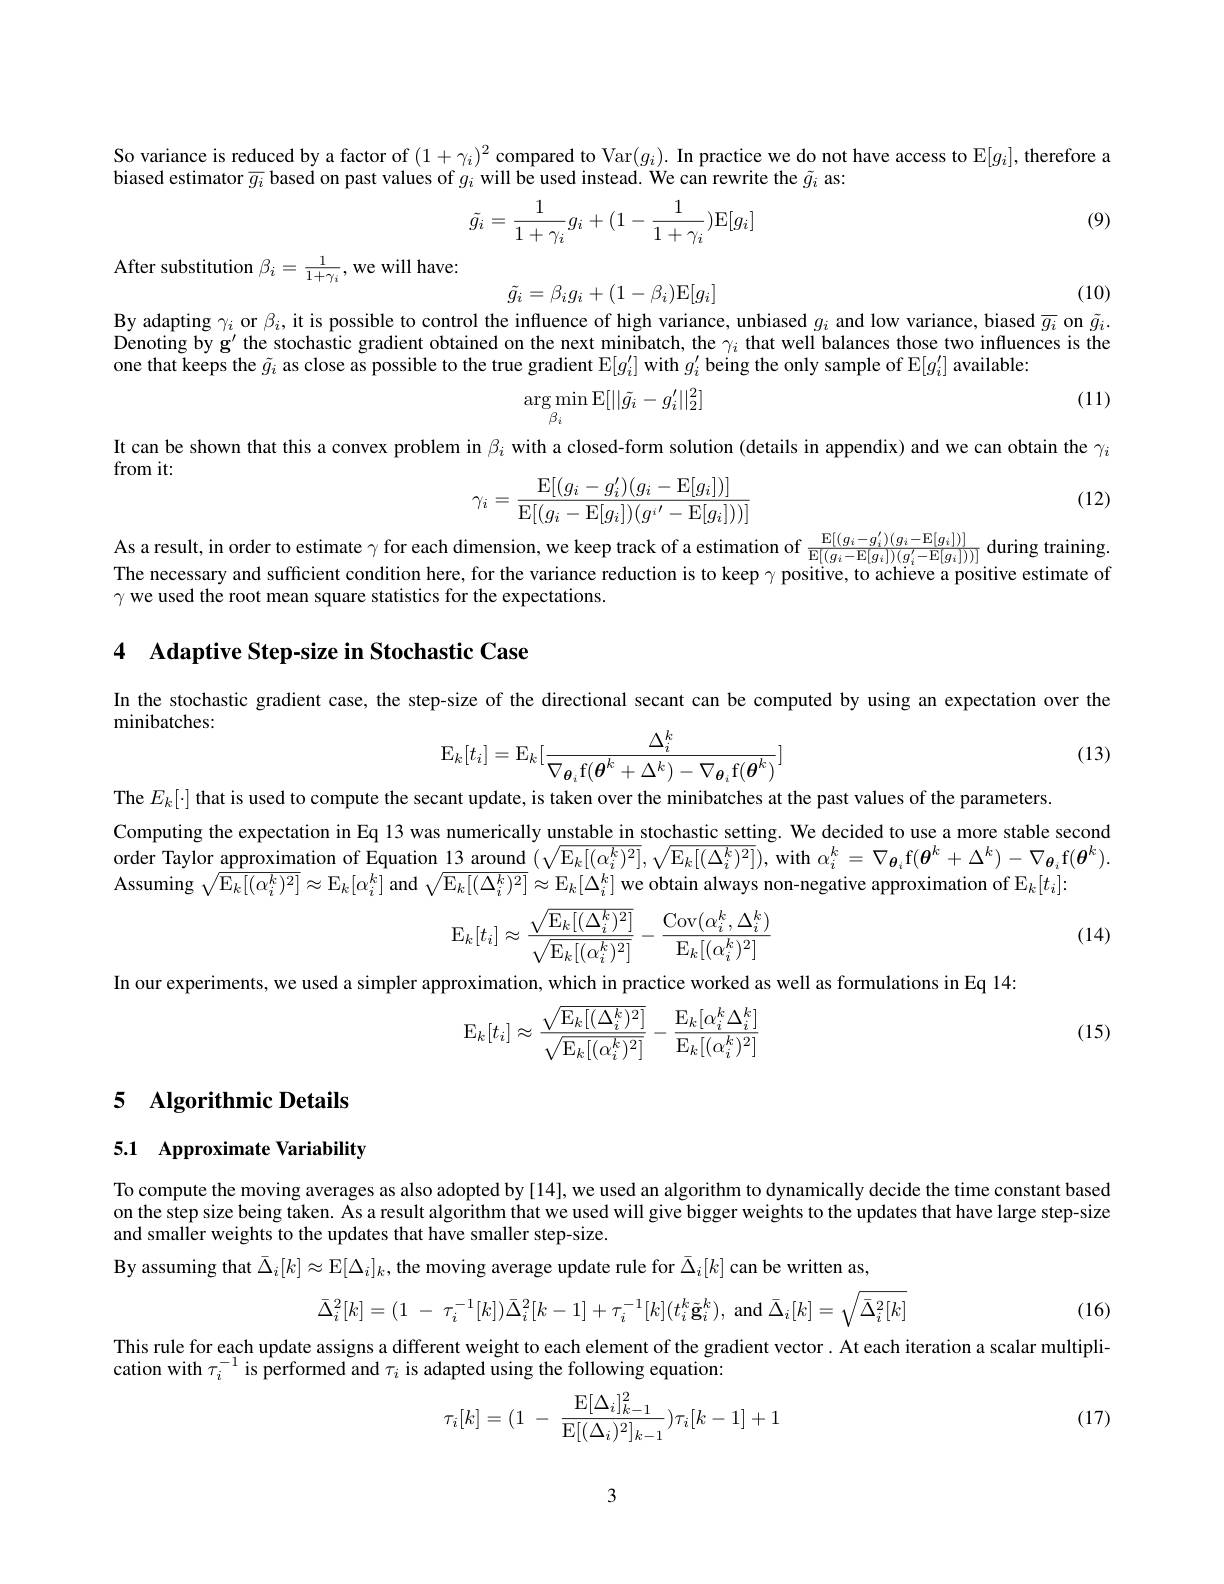
So variance is reduced by a factor of $(1+\gamma_i)^2$ compared to Var$(g_i).$ In practice we do not have access to $\mathbb{E}[g_i]$, therefore a

biased estimator $\overline{g}_{i}$ based on past values of $g_i$ will be used instead. We can rewrite the $\tilde{g}_{i}$ as:

(9)
$$\tilde{g_i}=\frac{1}{1+\gamma_i}g_i+(1-\frac{1}{1+\gamma_i})\mathrm{E}[g_i]$$
After substitution $\beta_i=\frac1{1+\gamma_{i}}$,we will have:

(10)
$$\tilde{g_i}=\beta_ig_i+(1-\beta_i)\mathrm{E}[g_i]$$
By adapting $\gamma_i$ or $\beta_i$, it is possible to control the influence of high variance, unbiased $g_i$ and low variance, biased $\overline{g_i}$ on $\tilde{g}_i.$ Denoting by $g^{\prime }$ the stochastic gradient obtained on the next minibatch, the $\gamma _{i}$ that well balances those two influences is the one that keeps the $\tilde{g}_i$ as close as possible to the true gradient $\mathbb{E}[g_i^{\prime}]$ with $g_i^{\prime}$ being the only sample of $\mathbb{E}[g_i^{\prime}]$ available:

(11)
$$\underset{\beta_i}{\arg\min}\operatorname{E}[||\tilde{g_i}-g_i'||_2^2]$$
It can be shown that this a convex problem in $\beta_i$ with a closed-form solution (details in appendix) and we can obtain the $\gamma_i$

from it:

(12)
$$\gamma_i=\frac{\operatorname{E}[(g_i-g_i')(g_i-\operatorname{E}[g_i])]}{\operatorname{E}[(g_i-\operatorname{E}[g_i])(g_i'-\operatorname{E}[g_i]))]}$$
As a result, in order to estimate $\gamma$ for each dimension, we keep track of a estimation of $\frac{\mathbb{E}[(g_i-g_i^{\prime})(g_i-\mathbb{E}[g_i])]}{\mathbb{E}[(g_i-\mathbb{E}[g_i])(g_i^{\prime}-\mathbb{E}[g_i]))}$ during training.The necessary and sufffcient condition here, for the variance re

$\gamma$ we used the root mean square statistics for the expectations.

4 Adaptive Step-size in Stochastic Case

In the stochastic gradient case, the step-size of the directional secant can be computed by using an expectation over the

minibatches:

(13)
$$\mathrm{E}_k[t_i]=\mathrm{E}_k[\frac{\Delta_i^k}{\nabla_{\boldsymbol{\theta}_i}\mathrm{f}(\boldsymbol{\theta}^k+\Delta^k)-\nabla_{\boldsymbol{\theta}_i}\mathrm{f}(\boldsymbol{\theta}^k)}]$$
The $E_k[\cdot]$ that is used to compute the secant update, is taken over the minibatches at the past values of the parameters
Computing the expectation in Eq 13 was numerically unstable in stochastic setting. We decided to use a more stable second order Taylor approximation of $\hat{\mathrm{Equation~13~around~}}(\sqrt{\mathbb{E}_k[(\alpha_i^k)^2]},\sqrt{\mathbb{E}_k[(\Delta_i^k)^2]})$, with $\alpha_i^k=\nabla_{\boldsymbol{\theta}_i}$f$(\boldsymbol{\theta}^k+\Delta^k)-\nabla_{\boldsymbol{\theta}_i}$f$(\boldsymbol{\theta}^k).$ Assuming $\sqrt{\mathbb{E}_k[(\alpha_i^k)^2]}\approx\mathbb{E}_k[\alpha_i^k]$ and $\sqrt\mathbb{E}_k[(\Delta_i^k)^2]\approx\mathbb{E}_k[\Delta_i^k]$ we obtain always non-negative approximation of $\mathbb{E}_k[t_i]:$
$$\mathrm{E}_{k}[t_{i}]\approx\frac{\sqrt{\mathrm{E}_{k}[(\Delta_{i}^{k})^{2}]}}{\sqrt{\mathrm{E}_{k}[(\alpha_{i}^{k})^{2}]}}-\frac{\mathrm{Cov}(\alpha_{i}^{k},\Delta_{i}^{k})}{\mathrm{E}_{k}[(\alpha_{i}^{k})^{2}]}$$
(14)

In our experiments, we used a simpler approximation, which in practice worked as well as formulations in Eq 14:

(15)
$$\mathrm E_k[t_i]\approx\dfrac{\sqrt{\mathrm E_k[(\Delta_i^k)^2]}}{\sqrt{\mathrm E_k[(\alpha_i^k)^2]}}-\dfrac{\mathrm E_k[\alpha_i^k\Delta_i^k]}{\mathrm E_k[(\alpha_i^k)^2]}$$
## 5 Algorithmic Details

## 5.1 Approximate Variability

To compute the moving averages as also adopted by [14], we used an algorithm to dynamically decide the time constant based on the step size being taken. As a result algorithm that we used will give bigger weights to the updates that have large step-size and smaller weights to the updates that have smaller step-size.
By assuming that $\bar{\Delta}_i[k]\approx\mathbb{E}[\Delta_i]_k$, the moving average update rule for $\bar{\Delta}_i[k]$ can be written as

(16)
$$\bar{\Delta}_i^2[k]=(1\:-\:\tau_i^{-1}[k])\bar{\Delta}_i^2[k-1]+\tau_i^{-1}[k](t_i^k\tilde{\mathbf{g}}_i^k),\:\mathrm{and}\:\bar{\Delta}_i[k]=\sqrt{\bar{\Delta}_i^2[k]}$$
This rule for each update assigns a different weight to each element of the gradient vector. At each iteration a scalar multipli-
cation with $\tau_i^{-1}$ is performed and $\tau_i$ is adapted using the following equation:
$$\tau_i[k]=(1\:-\:\dfrac{\operatorname{E}[\Delta_i]_{k-1}^2}{\operatorname{E}[(\Delta_i)^2]_{k-1}})\tau_i[k-1]+1$$
(17)

3